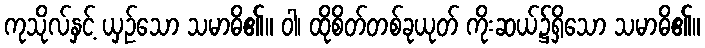
ကုသိုလ်နှင့် ယှဉ်သော သမာဓိ၏။ ဝါ၊ ထိုစိတ်တစ်ခုယုတ် ကိုးဆယ်၌ရှိသော သမာဓိ၏။